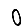
Digit: 0